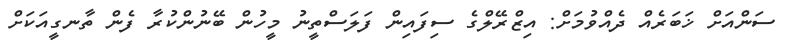
ސަންއަށް ޚަބަރެއް ދެއްވުމަށް: އިޒްރޭލްގެ ސިފައިން ފަލަސްތީނު މީހުން ބޭނުންކުރާ ފެން ތާނގީއަކަށް